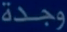
وجدة